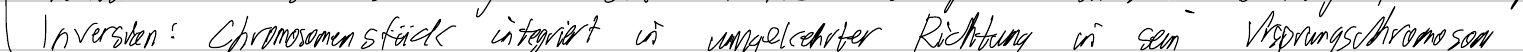
Inversion: Chromosomenstück integriert in umgekehrter Richtung in sein Ursprungschromosom